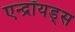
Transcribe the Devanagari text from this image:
एन्द्रॉयड्स